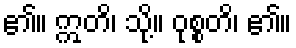
၏။ ဣတိ၊ သို့။ ဝုစ္စတိ၊ ၏။